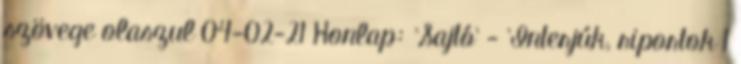
szövege olaszul 04-02-21 Honlap: 'Sajtó' - 'Interjúk, riportok 1